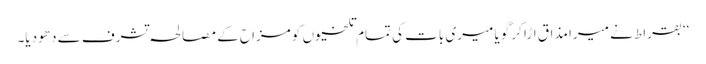
‘‘ بقراط نے میرا مذاق اڑا کر گویا میری بات کی تمام تلخیوں کو مزاح کے مصالحہ تشرف سے دھو دیا۔